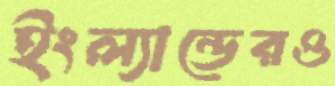
ইংল্যান্ডেরও